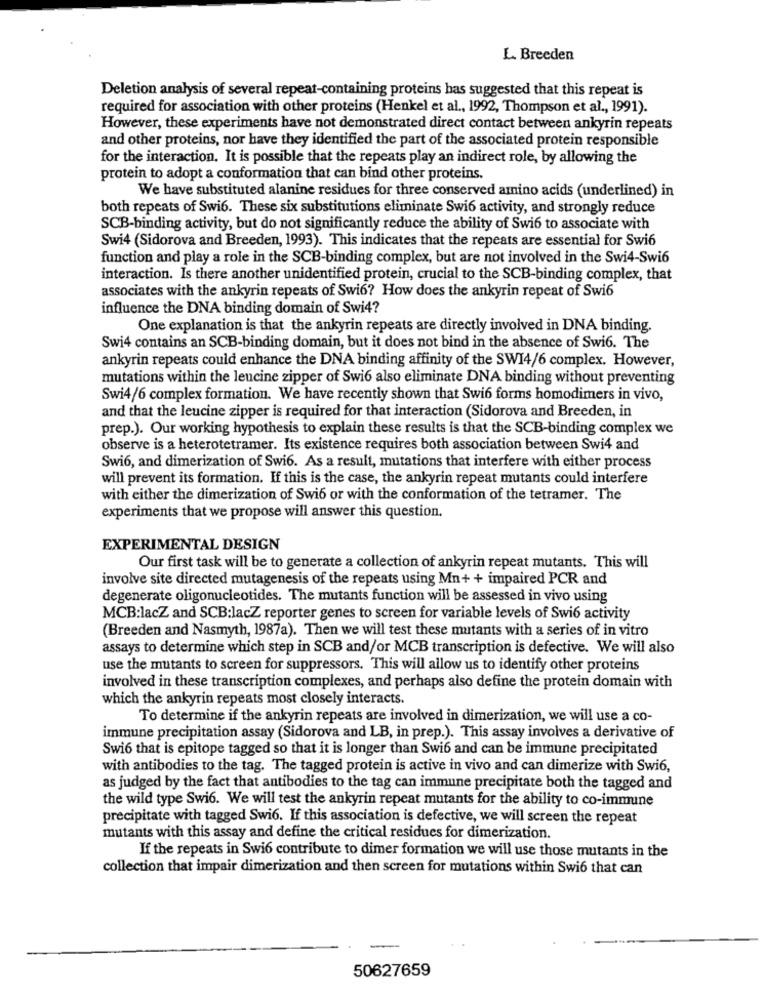
L. Breeden
Deletion analysis of several repeat-containing proteins has suggested that this repeat is
required for association with other proteins (Henkel et al ., 1992, Thompson et al ., 1991).
However, these experiments have not demonstrated direct contact between ankyrin repeats
and other proteins, nor have they identified the part of the associated protein responsible
for the interaction. It is possible that the repeats play an indirect role, by allowing the
protein to adopt a conformation that can bind other proteins.
We have substituted alanine residues for three conserved amino acids (underlined) in
both repeats of Swi6. These six substitutions eliminate Swi6 activity, and strongly reduce
SCB-binding activity, but do not significantly reduce the ability of Swi6 to associate with
Swi4 (Sidorova and Breeden, 1993). This indicates that the repeats are essential for Swi6
function and play a role in the SCB-binding complex, but are not involved in the Swi4-Swi6
interaction. Is there another unidentified protein, crucial to the SCB-binding complex, that
associates with the ankyrin repeats of Swi6? How does the ankyrin repeat of Swi6
influence the DNA binding domain of Swi4?
One explanation is that the ankyrin repeats are directly involved in DNA binding.
Swi4 contains an SCB-binding domain, but it does not bind in the absence of Swi6. The
ankyrin repeats could enhance the DNA binding affinity of the SWI4/6 complex. However,
mutations within the leucine zipper of Swi6 also eliminate DNA binding without preventing
Swi4/6 complex formation. We have recently shown that Swi6 forms homodimers in vivo,
and that the leucine zipper is required for that interaction (Sidorova and Breeden, in
prep.). Our working hypothesis to explain these results is that the SCB-binding complex we
observe is a heterotetramer. Its existence requires both association between Swi4 and
Swi6, and dimerization of Swi6. As a result, mutations that interfere with either process
will prevent its formation. If this is the case, the ankyrin repeat mutants could interfere
with either the dimerization of Swi6 or with the conformation of the tetramer. The
experiments that we propose will answer this question.
EXPERIMENTAL DESIGN
Our first task will be to generate a collection of ankyrin repeat mutants. This will
involve site directed mutagenesis of the repeats using Mn+ + impaired PCR and
degenerate oligonucleotides. The mutants function will be assessed in vivo using
MCB:lacZ and SCB:lacZ reporter genes to screen for variable levels of Swi6 activity
(Breeden and Nasmyth, 1987a). Then we will test these mutants with a series of in vitro
assays to determine which step in SCB and/or MCB transcription is defective. We will also
use the mutants to screen for suppressors. This will allow us to identify other proteins
involved in these transcription complexes, and perhaps also define the protein domain with
which the ankyrin repeats most closely interacts.
To determine if the ankyrin repeats are involved in dimerization, we will use a co-
immune precipitation assay (Sidorova and LB, in prep.). This assay involves a derivative of
Swi6 that is epitope tagged so that it is longer than Swi6 and can be immune precipitated
with antibodies to the tag. The tagged protein is active in vivo and can dimerize with Swi6,
as judged by the fact that antibodies to the tag can immune precipitate both the tagged and
the wild type Swi6. We will test the ankyrin repeat mutants for the ability to co-immune
precipitate with tagged Swi6. If this association is defective, we will screen the repeat
mutants with this assay and define the critical residues for dimerization.
If the repeats in Swi6 contribute to dimer formation we will use those mutants in the
collection that impair dimerization and then screen for mutations within Swi6 that can
50627659